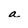
Character: a